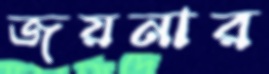
জয়নার